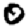
Digit: 0